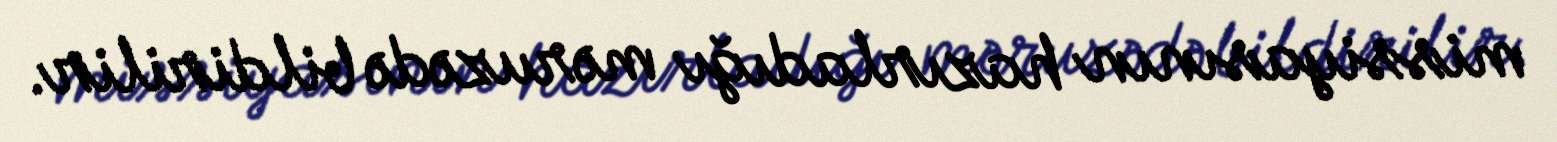
missiyasının hazırladığı məruzədə bildirilir.